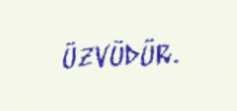
üzvüdür.